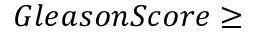
G l e a s o n S c o r e \ge